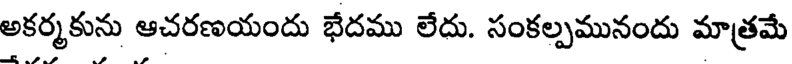
అకర్మకును ఆచరణయందు భేదము లేదు. సంకల్పమునందు మాత్రమే